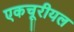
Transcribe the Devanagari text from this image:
एकचूरीयल